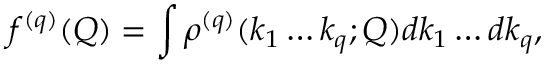
f ^ { ( q ) } ( Q ) = \int \rho ^ { ( q ) } ( k _ { 1 } \dots k _ { q } ; Q ) d k _ { 1 } \dots d k _ { q } ,